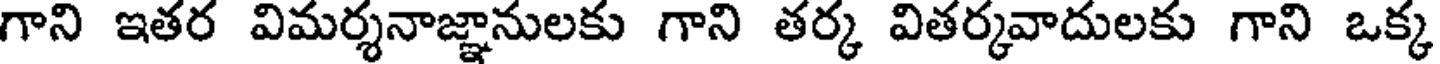
గాని ఇతర విమర్శనాజ్ఞానులకు గాని తర్క వితర్కవాదులకు గాని ఒక్క